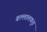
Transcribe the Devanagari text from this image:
बल्लालकृत